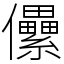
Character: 儽